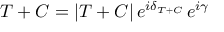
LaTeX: T + C = | T + C | \, e ^ { i \delta _ { T + C } } \, e ^ { i \gamma }